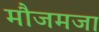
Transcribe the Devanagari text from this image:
मौजमजा